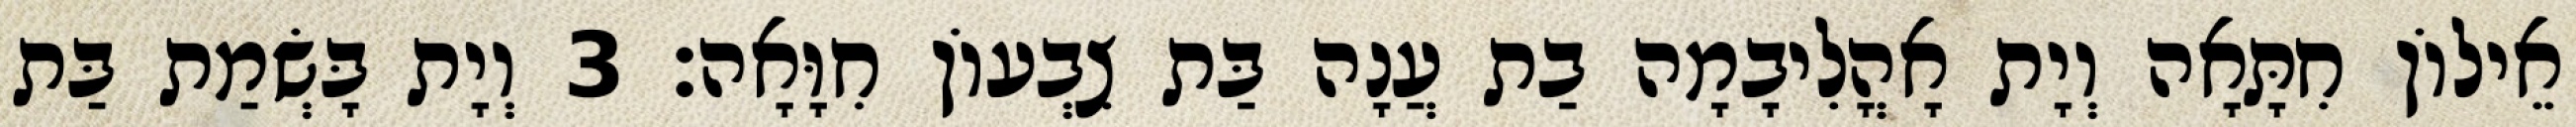
אֵילוֹן חִתָּאָה וְיָת אָהֳלִיבָמָה בַת עֲנָה בַּת צִבְעוֹן חִוָּאָה׃ 3 וְיָת בָּשְׂמַת בַּת